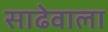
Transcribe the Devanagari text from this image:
साढेवाला